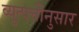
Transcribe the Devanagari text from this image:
व्युत्पत्तीनुसार